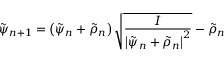
\tilde { \psi } _ { n + 1 } = \left( \tilde { \psi } _ { n } + \tilde { \rho } _ { n } \right) \sqrt { \frac { I } { \left| \tilde { \psi } _ { n } + \tilde { \rho } _ { n } \right| ^ { 2 } } } - \tilde { \rho } _ { n }